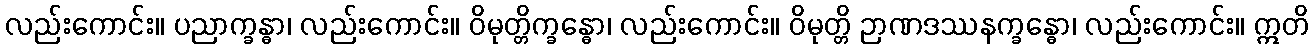
လည်းကောင်း။ ပညာက္ခန္ဓာ၊ လည်းကောင်း။ ဝိမုတ္တိက္ခန္ဓော၊ လည်းကောင်း။ ဝိမုတ္တိ ဉာဏဒဿနက္ခန္ဓော၊ လည်းကောင်း။ ဣတိ